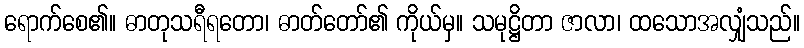
ရောက်စေ၏။ ဓာတုသရီရတော၊ ဓာတ်တော်၏ ကိုယ်မှ။ သမုဋ္ဌိတာ ဇာလာ၊ ထသောအလျှံသည်။